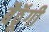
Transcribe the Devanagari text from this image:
बैठॅूगी